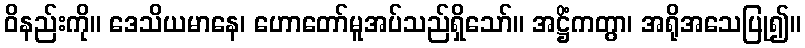
ဝိနည်းကို။ ဒေသိယမာနေ၊ ဟောတော်မူအပ်သည်ရှိသော်။ အဋ္ဌိံကတွာ၊ အရိုအသေပြု၍။